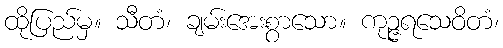
ထိုပြည်မှ။ သီတံ၊ ချမ်းအေးစွာသော။ ကုဉ္ဇရသေဝိတံ၊